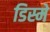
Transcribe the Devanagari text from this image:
डिस्मे